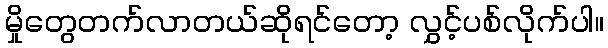
မှိုတွေတက်လာတယ်ဆိုရင်တော့ လွှင့်ပစ်လိုက်ပါ။